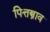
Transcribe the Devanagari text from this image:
पित्तस्त्राव